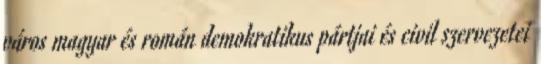
város magyar és román demokratikus pártjai és civil szervezetei